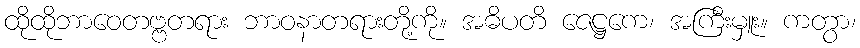
ထိုထိုဘာဝေတဗ္ဗတရား ဘာဝနာတရားတို့ကို။ အဓိပတိ ဇေဋ္ဌကေ၊ အကြီးမှူး။ ကတွာ၊